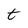
Character: t